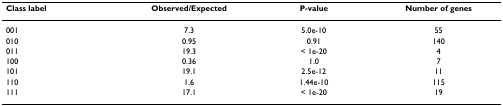
<table><thead><tr><td><b>Class label</b></td><td><b>Observed/Expected</b></td><td><b>P-value</b></td><td><b>Number of genes</b></td></tr></thead><tbody><tr><td>001</td><td>7.3</td><td>5.0e-10</td><td>55</td></tr><tr><td>010</td><td>0.95</td><td>0.91</td><td>140</td></tr><tr><td>011</td><td>19.3</td><td>&lt; 1e-20</td><td>4</td></tr><tr><td>100</td><td>0.36</td><td>1.0</td><td>7</td></tr><tr><td>101</td><td>19.1</td><td>2.5e-12</td><td>11</td></tr><tr><td>110</td><td>1.6</td><td>1.44e-10</td><td>115</td></tr><tr><td>111</td><td>17.1</td><td>&lt; 1e-20</td><td>19</td></tr></tbody></table>